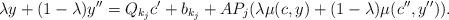
LaTeX: \begin{align*}\lambda y + (1-\lambda) y'' = Q_{k_j}c' + b_{k_j} + AP_j(\lambda \mu(c, y) + (1-\lambda)\mu(c'',y'')).\end{align*}